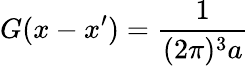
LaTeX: G(x-x^{\prime})=\frac{1}{(2\pi)^{3}a}